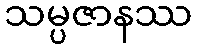
သမ္ပဇာနဿ